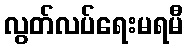
လွတ်လပ်ရေးမရမီ